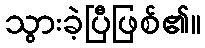
သွားခဲ့ပြီဖြစ်၏။